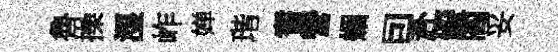
魯操湿岞婵瑎耆營媚囙赴礙閻妥